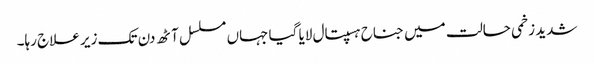
شدید زخمی حالت میں جناح ہسپتال لایا گیا جہاں مسلسل آٹھ دن تک زیر علاج رہا۔